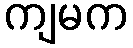
ကျမက